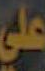
علي